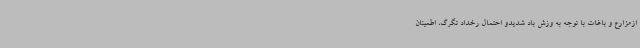
ازمزارع و باغات با توجه به وزش باد شدیدو احتمال رخداد تگرگ، اطمینان